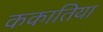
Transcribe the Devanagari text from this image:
ककातिया